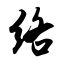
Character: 络